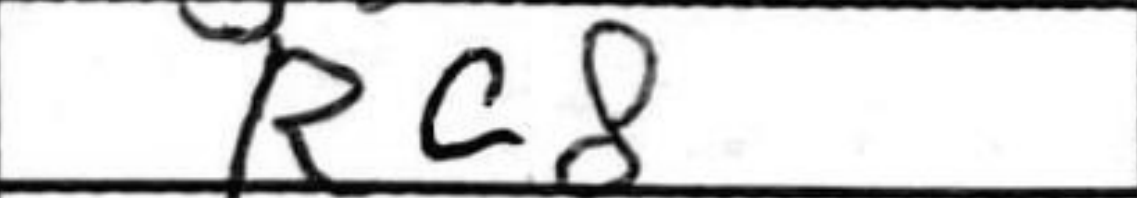
Transcription: Rc8